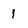
Character: 1